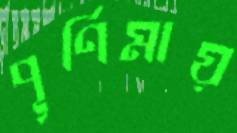
পূর্ণিমায়